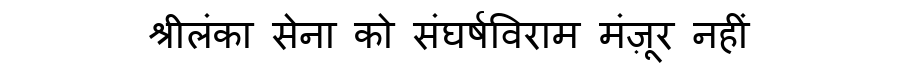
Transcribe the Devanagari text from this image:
श्रीलंका सेना को संघर्षविराम मंज़ूर नहीं